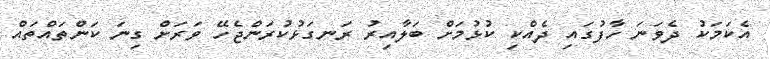
އެކަމަކު ދެވަނަ ހާފުގައި ދެއްކި ކުޅުމަށް ބަލާއިރު ރަނގަޅުކުރަންޖެހޭ ވަރަށް ގިނަ ކަންތައްތައް